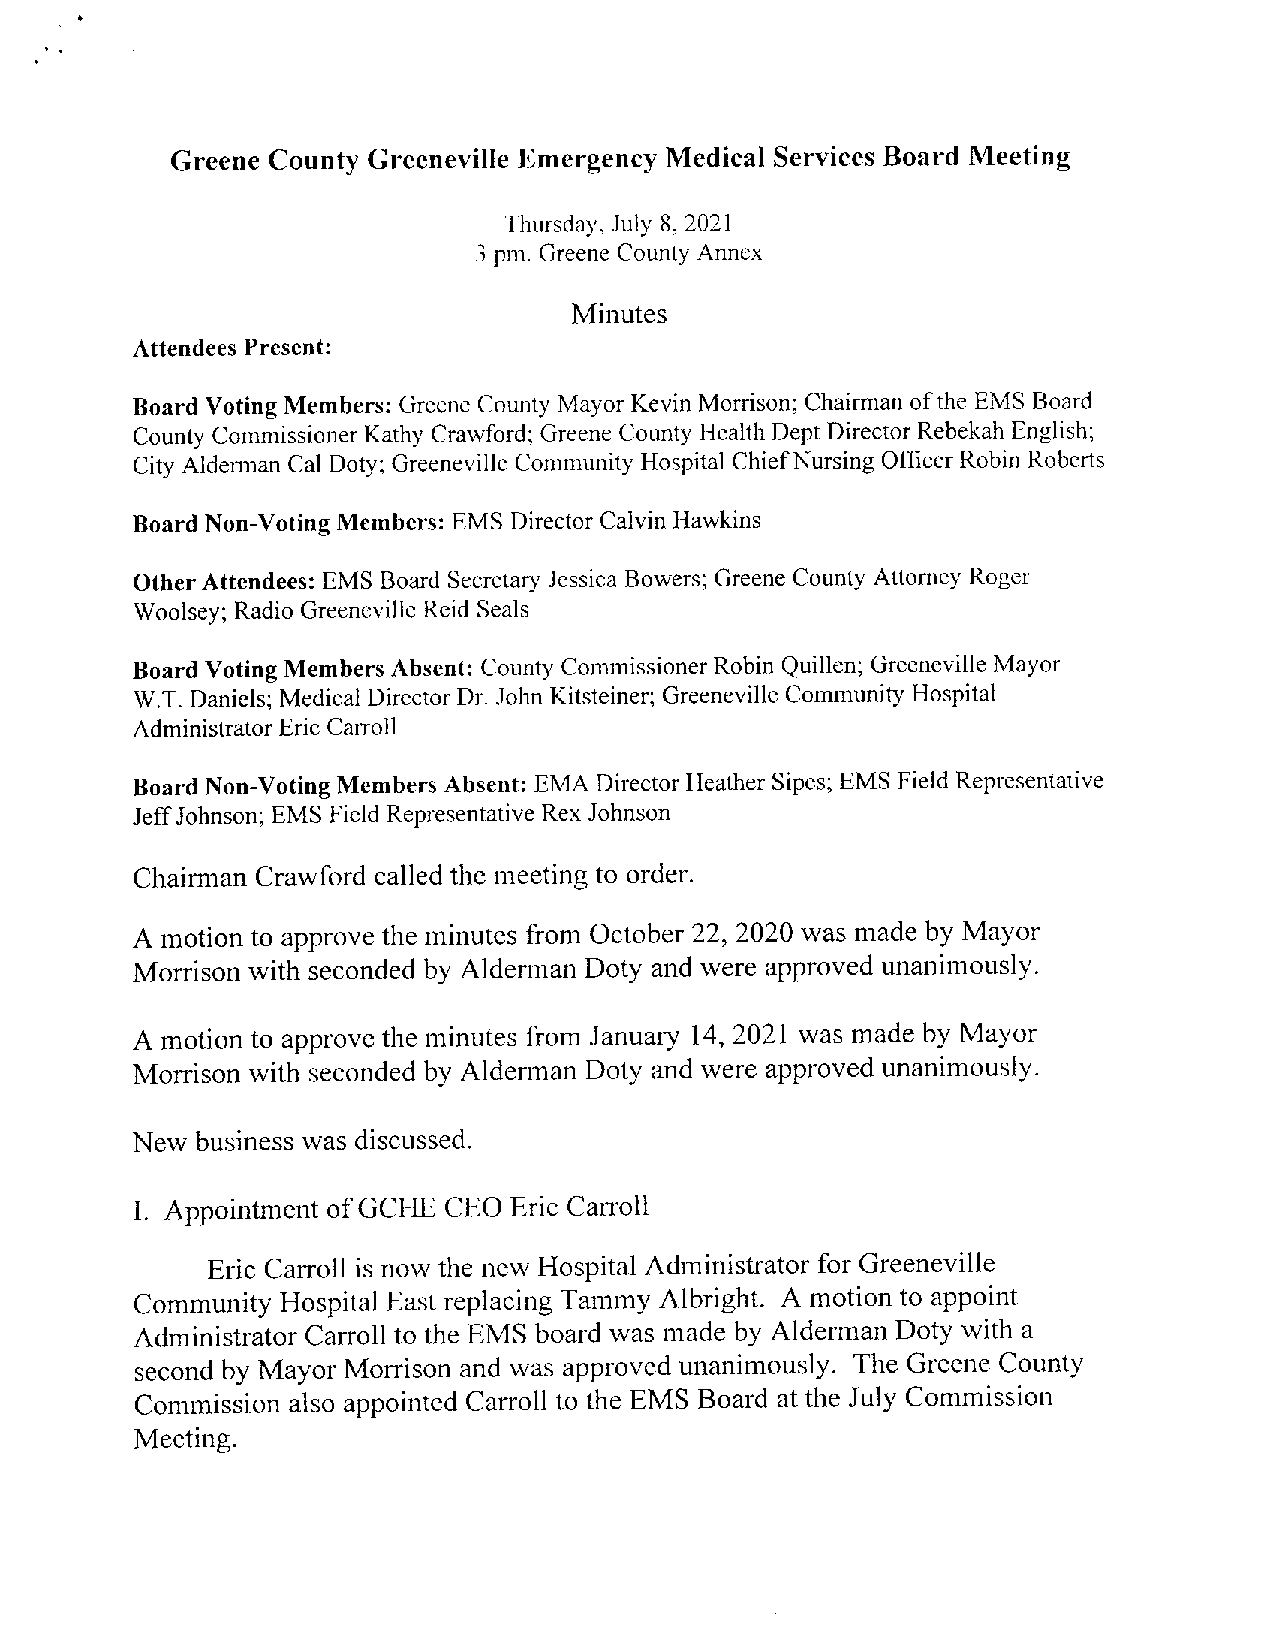
Grcene County Greeneville Emergency Medical Services Board Meeting
 Thursday, July 8, 2021
 3 pm. Greene County Annex
 Minutes
 Attendees Present:
 Board VotingMembers: Greene County Mayor Kevin Morrison; Chairman ofthe EMS Board
 County Commissioner Kathy Crawford; Greene County Health Dept Director Rebekah Engjish;
 City Alderman Cal Doty; Greeneville Community Hospital ChiefNursing Officer Robin Roberts
 Board Non-Voting Members: EMS Director Calvin 1-Iawkins
 Other Attendees: EMS Board Secretary Jessica Bowers;Greene County Attorney Roger
 Woolsey; Radio Greeneville Reid Seals
 Board Voting Members Absent: County CommissionerRobin Quillen; GreenevilleMayor
 W.T. Daniels; Medical Director Dr. John Kitsteiner; Greeneville Community Hospital
 Administrator Eric Carroll
 Board Non-Voting Members Absent: EMA Director Heather Sipes; EMS Field Representative
 JeffJohnson; EMS Field Representative Rex Johnson
 Chairman Crawford called the meeting to order.
 A motion to approve the minutes from October 22, 2020 was made by Mayor
 Morrison with seconded by Alderman Doty and were approved unanimously.
 A motionto approve the minutes from January 14, 2021 was made by Mayor
 Morrison with seconded by Alderman Doty and were approved unanimously.
 New business was discussed.
 I. Appointment ofGCHE CEO Eric Carroll
 Eric Carroll is now the new Hospital Administrator for Greeneville
 Community Hospital East replacing Tammy Albright. A motion to appoint
 Administrator Carroll to the EMS board was made by Alderman Doty with a
 second by Mayor Morrison and was approved unanimously. The Greene County
 Commission also appointed Carroll to the EMS Board at the July Commission
 Meeting.